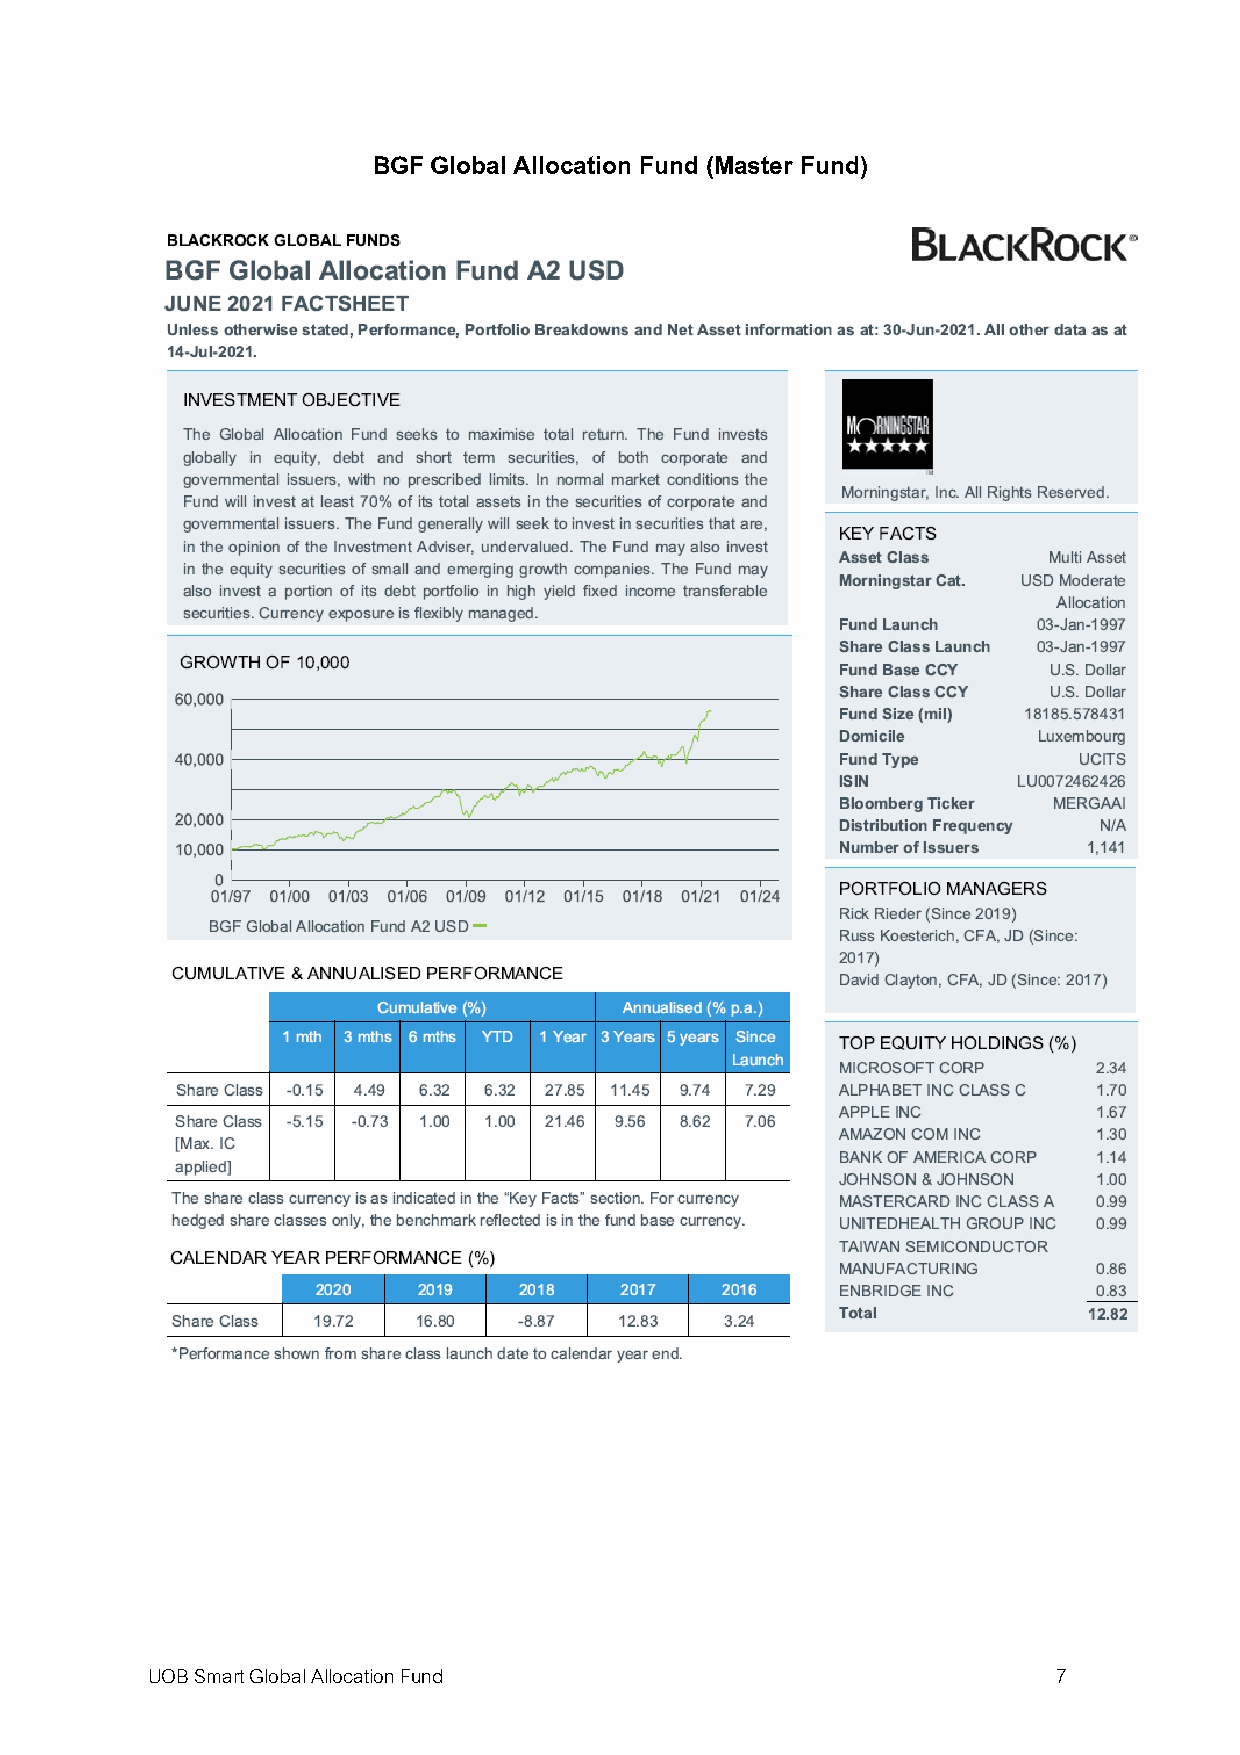
BGF Global Allocation Fund (Master Fund)
 UOB Smart Global Allocation Fund                            7